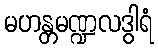
မဟန္တမဏ္ဍလဒွါရံ